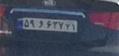
۵۹و۶۳۷۲۱